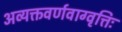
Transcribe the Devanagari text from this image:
अव्यक्तवर्णवाग्वृत्तिः